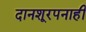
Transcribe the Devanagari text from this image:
दानशूरपनाही